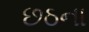
છઠના